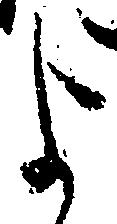
よ